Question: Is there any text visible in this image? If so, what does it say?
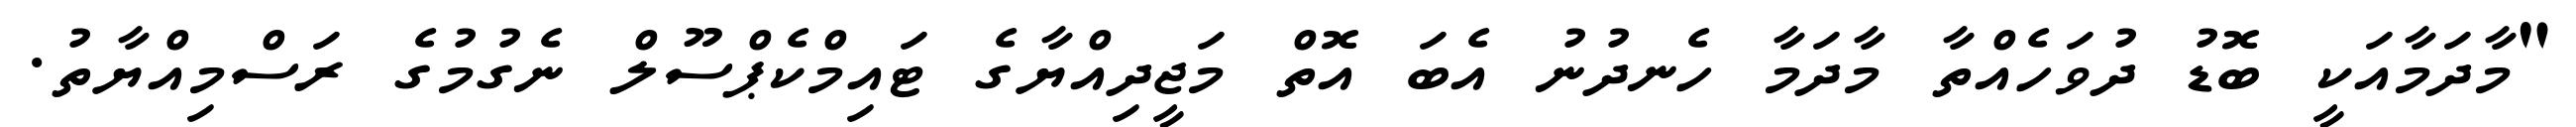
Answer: "މާދަމާއަކީ ބޮޑު ދުވަހެއްތާ މާދަމާ ހެނދުނު އެބަ އޮތް މަޖީދިއްޔާގެ ޓައިމްކެޕްސޫލް ނެގުމުގެ ރަސްމިއްޔާތު.